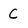
Character: C